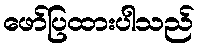
ဖော်ပြထားပါသည်